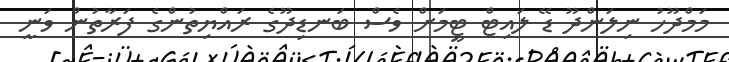
މަމްދޫހު ނިލަންދޫ ޑޭ ލައިޓް ޓީމަށް ވެސް ބަނޑިދޫގެ ރައްޔިތުންގެ ފަރާތުން ވަނީ